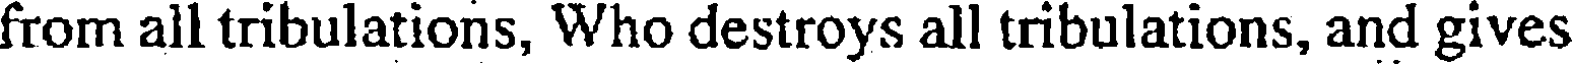
from all tribulations, Who destroys all tribulations, and gives